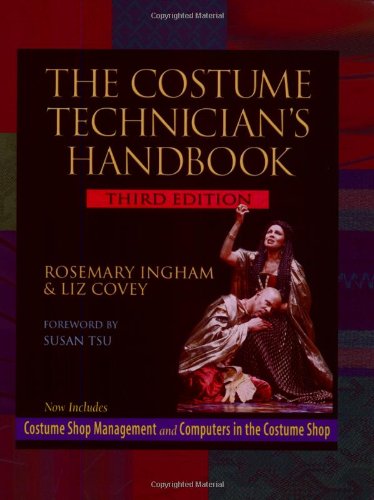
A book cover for The Costume Technician's Handbook 3/e; Rosemary Ingham; Arts & Photography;